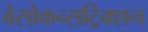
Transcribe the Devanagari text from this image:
वेसोकन्सट्रिक्शन